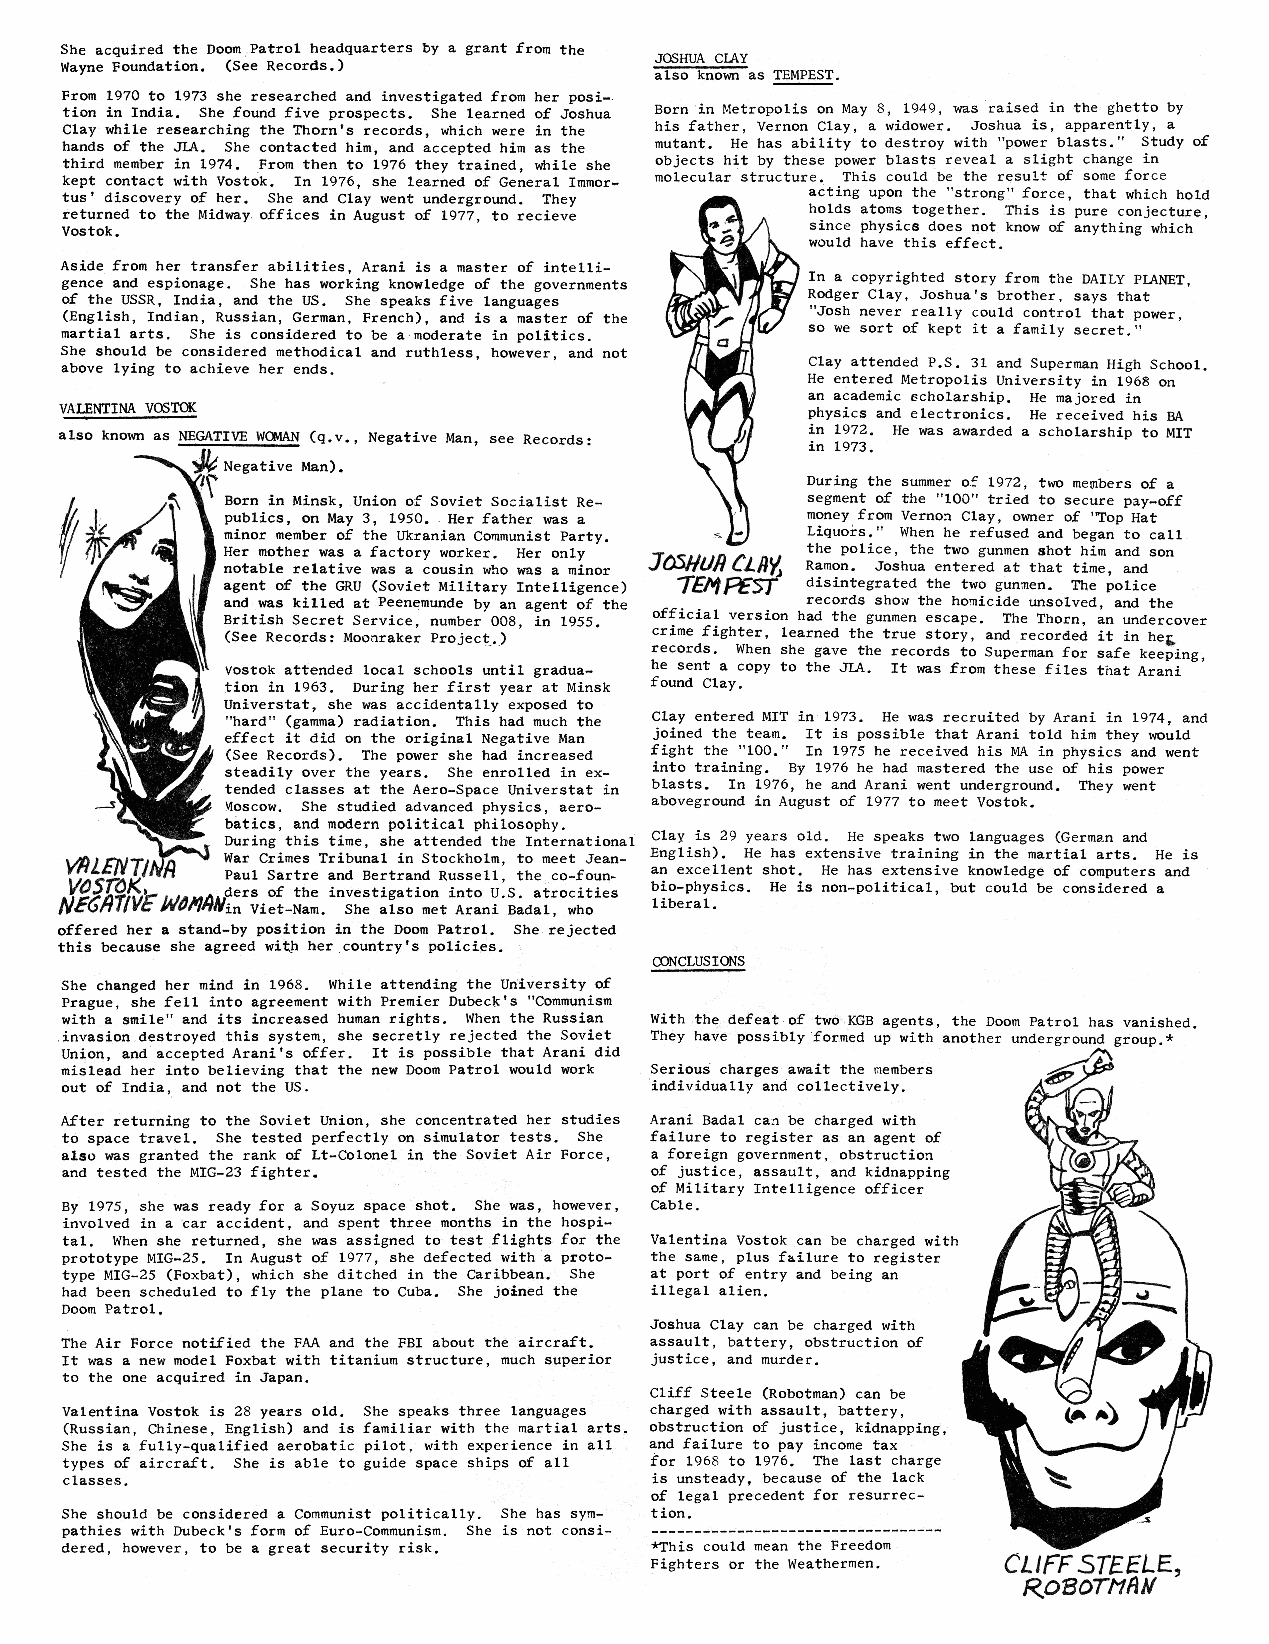
hola_2.indd 6                                                               2/19/13 3:09 PM